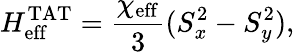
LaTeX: H_{\mathrm{eff}}^{\mathrm{TAT}}=\frac{\chi_{\mathrm{eff}}}{3}(S_{x}^{2}-S_{y}^{2}),